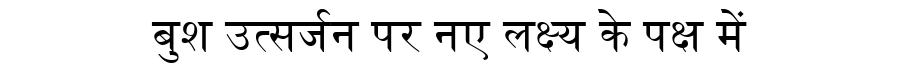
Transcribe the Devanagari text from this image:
बुश उत्सर्जन पर नए लक्ष्य के पक्ष में